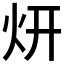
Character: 𱪩